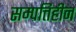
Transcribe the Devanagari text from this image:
सम्पत्तिहीन